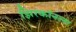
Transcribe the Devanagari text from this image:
झिरकॉनला